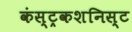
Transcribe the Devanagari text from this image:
कंस्ट्रकशनिस्ट